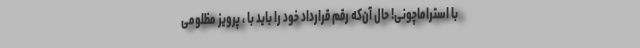
با استراماچونی! حال آن‌که رقم قرارداد خود را باید با ، پرویز مظلومی